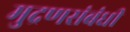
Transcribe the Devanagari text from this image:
मुद्रणसंबंधी